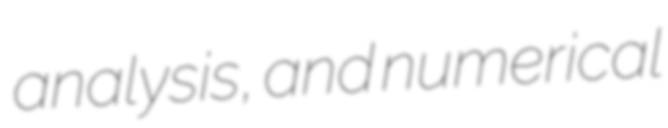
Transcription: analysis, and numerical